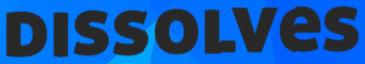
dissolves